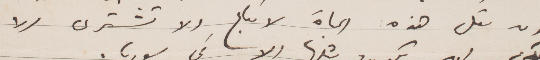
لان مثل هذه الحياة لا تباع ولا تشترى الا